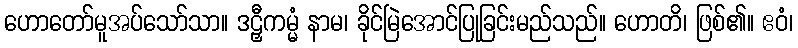
ဟောတော်မူအပ်သော်သာ။ ဒဠှီကမ္မံ နာမ၊ ခိုင်မြဲအောင်ပြုခြင်းမည်သည်။ ဟောတိ၊ ဖြစ်၏။ ဧဝံ၊